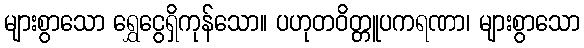
များစွာသော ရွှေငွေရှိကုန်သော။ ပဟုတဝိတ္တူပကရဏာ၊ များစွာသော